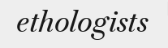
ethologists